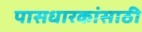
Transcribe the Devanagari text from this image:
पासधारकांसाठी